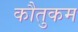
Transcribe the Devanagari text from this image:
कौतुकम